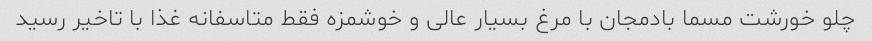
چلو خورشت مسما بادمجان با مرغ بسیار عالی و خوشمزه فقط متاسفانه غذا با تاخیر رسید